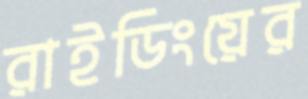
রাইডিংয়ের